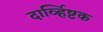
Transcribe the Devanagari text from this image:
दार्व्हिष्टक